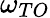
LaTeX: \omega_{TO}